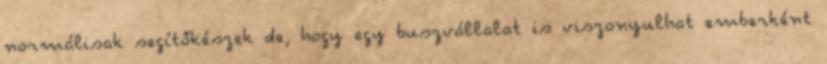
normálisak segítőkészek de, hogy egy buszvállalat is viszonyulhat emberként